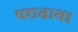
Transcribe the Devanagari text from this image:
पछताया